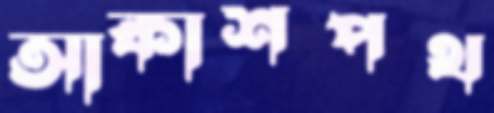
আকাশপথ